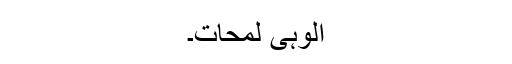
الوہی لمحات۔